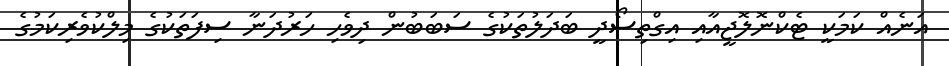
އަނެއް ކަމަކީ ޓެކްނޮލޮޖީއާއި އިގްތިސޯދީ ބަދަލުތަކުގެ ސަބަބުން ދިވެހި ހަރުދަނާ ސިފަތަކުގެ މިލްކުވެރިކަމުގެ